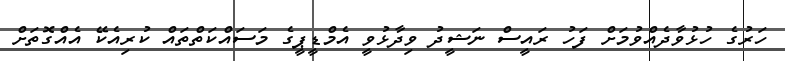
ހަރުގެ ހުޅުވާދެއްވުމަށް ފަހު ރައީސް ނަޝީދު ވިދާޅުވީ އެމްޑީޕީގެ މަސައްކަތްތައް ކުރިއެކޭ އެއްގޮތަށް